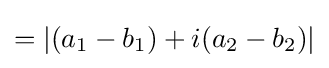
=|(a_{1}-b_{1})+i(a_{2}-b_{2})|